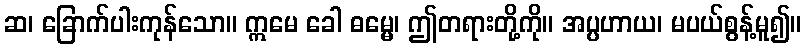
ဆ၊ ခြောက်ပါးကုန်သော။ ဣမေ ခေါ ဓမ္မေ၊ ဤတရားတို့ကို။ အပ္ပဟာယ၊ မပယ်စွန့်မူ၍။